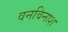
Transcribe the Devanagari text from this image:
वनविनाश